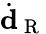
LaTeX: \dot{\textbf{d}}_{\mathrm{~R~}}